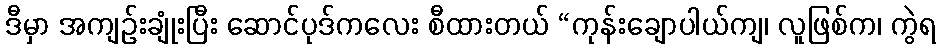
ဒီမှာ အကျဉ်းချုံးပြီး ဆောင်ပုဒ်ကလေး စီထားတယ် “ကုန်းချောပါယ်ကျ၊ လူဖြစ်က၊ ကွဲရ